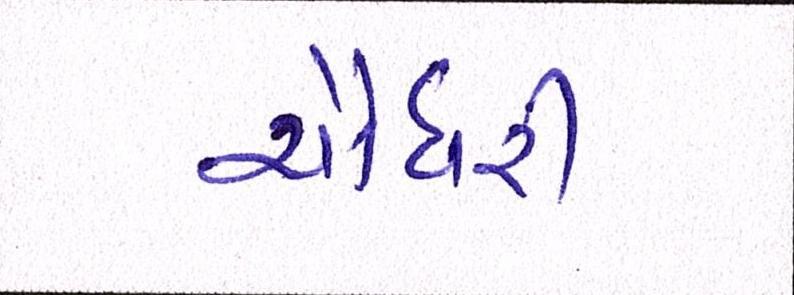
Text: ચૌધરી